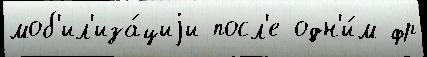
моб'ил'иза́циjи посл'е одн'и́м фр